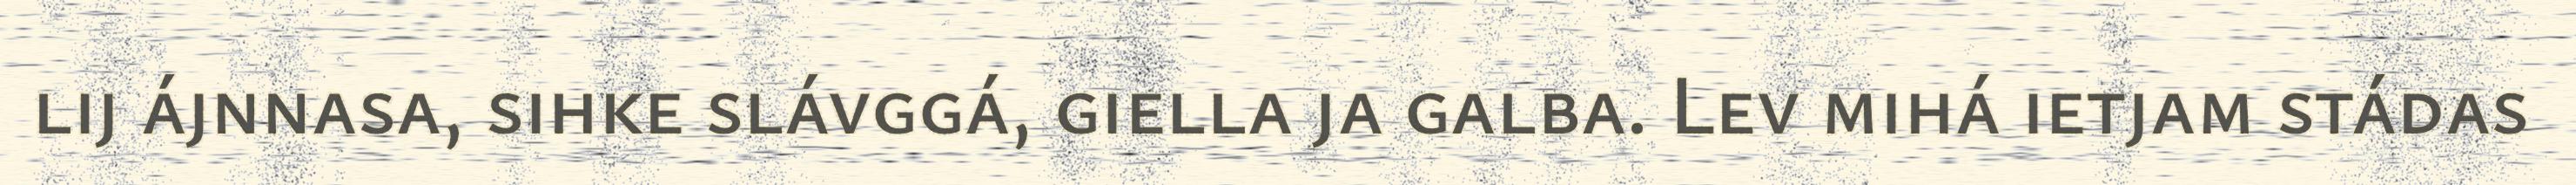
lij ájnnasa, sihke slávggá, giella ja galba. Lev mihá ietjam stádas